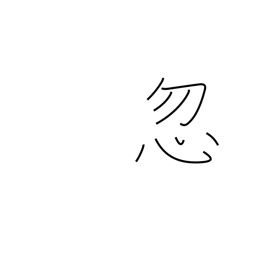
Meaning: neglect